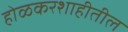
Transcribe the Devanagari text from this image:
होळकरशाहीतील